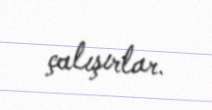
çalışırlar.